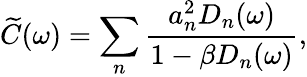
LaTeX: \widetilde{C}(\omega)=\sum_{n}\frac{a_{n}^{2}D_{n}(\omega)}{1-\beta D_{n}(\omega)},